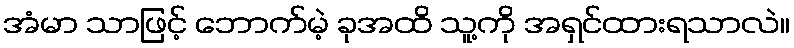
အံမာ သာဖြင့် ဘောက်မဲ့ ခုအထိ သူ့ကို အရှင်ထားရသာလဲ။